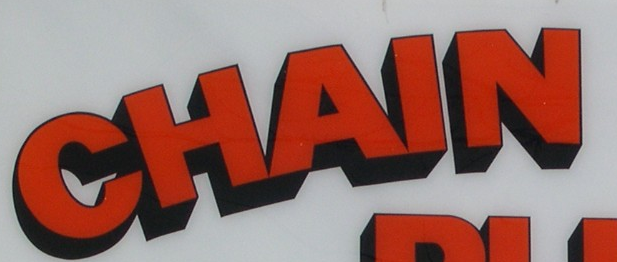
CHAIN